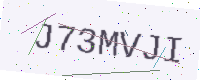
Text: J73MVJI